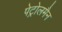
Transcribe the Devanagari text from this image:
पेट्रोलमैन